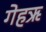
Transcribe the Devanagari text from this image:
गेहऋ